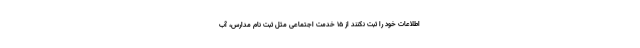
اطلاعات خود را ثبت نکنند از ۱۵ خدمت اجتماعی مثل ثبت نام مدارس، آب